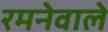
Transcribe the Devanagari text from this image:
रमनेवाले